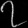
Digit: ၇